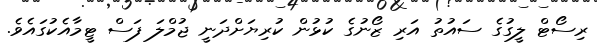
ރިސޯޓް ލީގުގެ ސައުތު އަރި ޒޯނުގެ ކުޅުން ކުރިޔަށްދަނީ ޖުމްލަ ފަސް ޓީމާއެކުގައެވެ.